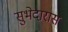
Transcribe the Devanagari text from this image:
सुभेदारास